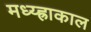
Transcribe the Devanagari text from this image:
मध्य्ह्राकाल